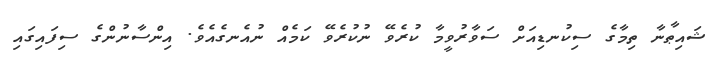
ޝައިޠާނާ ތިމާގެ ސިކުނޑިއަށް ސަވާރުވީމާ ކުރެވޭ ނުކުރެވޭ ކަމެއް ނުއެނގެއެވެ. އިންސާނުންގެ ސިފައިގައި